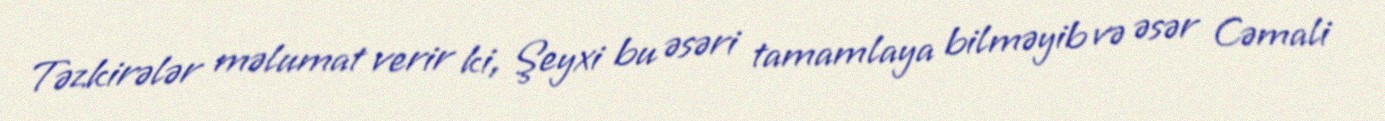
Təzkirələr məlumat verir ki, Şeyxi bu əsəri tamamlaya bilməyib və əsər Cəmali